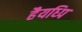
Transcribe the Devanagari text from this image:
हैयध्पि